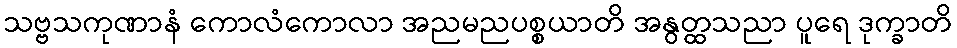
သဗ္ဗသကုဏာနံ ကောလံကောလာ အညမညပစ္စယာတိ အနွတ္ထသညာ ပူရေ ဒုက္ခာတိ